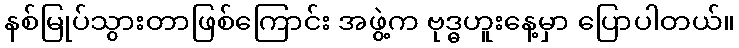
နစ်မြုပ်သွားတာဖြစ်ကြောင်း အဖွဲ့က ဗုဒ္ဓဟူးနေ့မှာ ပြောပါတယ်။